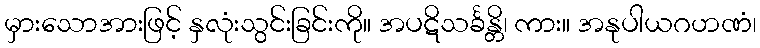
မှားသောအားဖြင့် နှလုံးသွင်းခြင်းကို။ အပဋိသင်္ခန္တိ၊ ကား။ အနုပါယဂဟဏံ၊